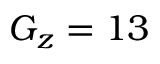
G _ { z } = 1 3